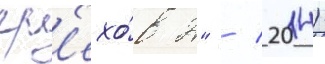
гр'ехо́в 2" / 2014)